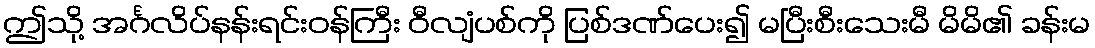
ဤသို့ အင်္ဂလိပ်နန်းရင်းဝန်ကြီး ဝီလျံပစ်ကို ပြစ်ဒဏ်ပေး၍ မပြီးစီးသေးမီ မိမိ၏ ခန်းမ